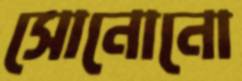
সোনোনো